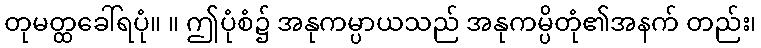
တုမတ္ထခေါ်ရပုံ။ ။ ဤပုံစံ၌ အနုကမ္ပာယသည် အနုကမ္ပိတုံ၏အနက် တည်း၊